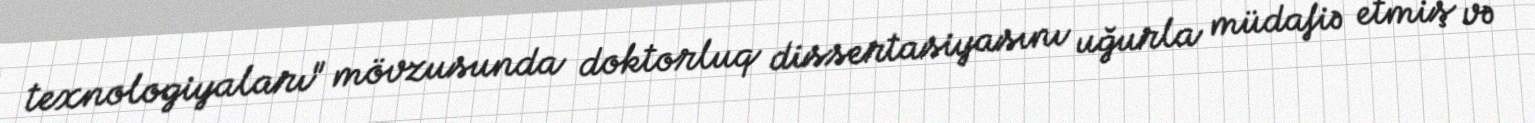
texnologiyaları" mövzusunda doktorluq dissertasiyasını uğurla müdafiə etmiş və